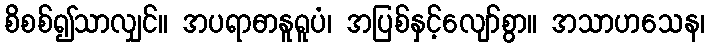
စိစစ်၍သာလျှင်။ အပရာဓာနူရူပံ၊ အပြစ်နှင့်လျော်စွာ။ အသာဟသေန၊